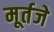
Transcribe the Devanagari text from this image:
मूर्तजे